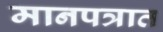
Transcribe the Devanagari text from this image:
मानपत्रात